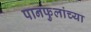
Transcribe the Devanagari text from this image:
पानफुलांच्या